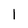
Character: 1